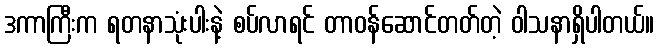
ဒကာကြီးက ရတနာသုံးပါးနဲ့ စပ်လာရင် တာဝန်ဆောင်တတ်တဲ့ ဝါသနာရှိပါတယ်။